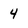
Character: 4